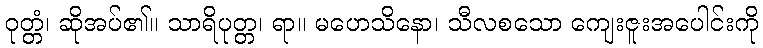
ဝုတ္တံ၊ ဆိုအပ်၏။ သာရိပုတ္တ၊ ရာ။ မဟေသိနော၊ သီလစသော ကျေးဇူးအပေါင်းကို